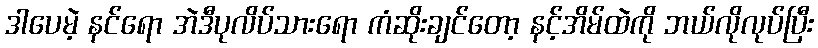
ဒါပေမဲ့ နင်ရော အဲဒီပုလိပ်သားရော ကံဆိုးချင်တော့ နင့်အိမ်ထဲကို ဘယ်လိုလုပ်ပြီး